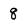
Character: 8